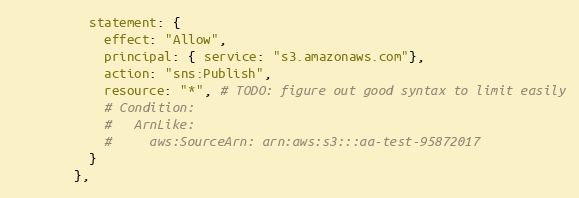
Language: Ruby
          statement: {
            effect: "Allow",
            principal: { service: "s3.amazonaws.com"},
            action: "sns:Publish",
            resource: "*", # TODO: figure out good syntax to limit easily
            # Condition:
            #   ArnLike:
            #     aws:SourceArn: arn:aws:s3:::aa-test-95872017
          }
        },